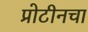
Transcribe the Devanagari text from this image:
प्रोटीनचा